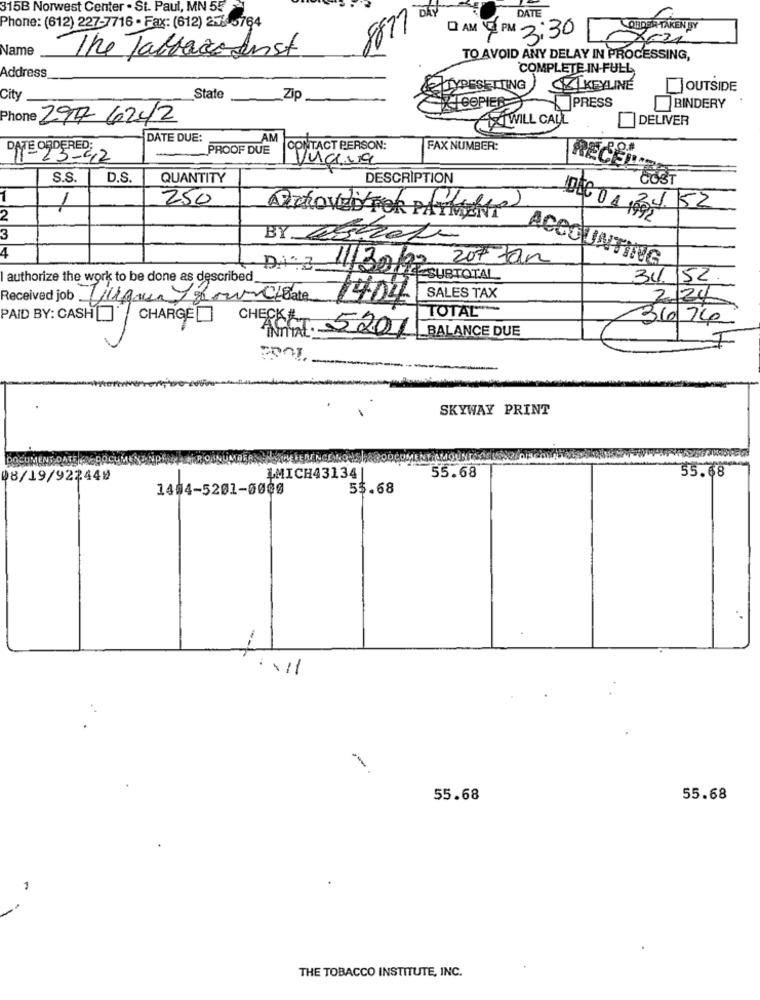
315B Norwest Center . St. Paul, MN 55
DATE
Phone: (612) 227-7716 - Fax: (612) 2-6764
ORDER TAKEN BY
0 AM 10 PM 3:30
Name
The TabacoInst
TO AVOID ANY DELAY IN PROCESSING,
COMPLETE IN-FULL
Address
TYPESETTING
KEYLINE
OUTSIDE
City
State
Zip
COPIER
PRESS
BINDERY
Phone 297 6242
AXIWILL CALL
DELIVER
DATE DUE:
AM
DATE ORDERED:
PROOF DUE
CONTACT PERSON:
FAX NUMBER:
23-42
S.S.
D.S.
QUANTITY
DESCRIPTION
1
250
34.52
2
AchoVED/ FOR PAYMENT
DEC 0 4 1992
3
BY asícata
4
207 Jan
ACCOUNTING
authorize the work to be done as described_
DA: 3 301 SUBTOTAL
31.152
Received job Gliga gownC/ Date
1404
SALES TAX
2124
TOTAL"
36 74
_BALANCE DUE
PAID BY: CASH CHARGE CHECKIT 5201
SKYWAY PRINT
55.68
08/19/922449
LMICH43134
55.68
1404-5201-0000
55.68
55.68
55.68
THE TOBACCO INSTITUTE, INC.